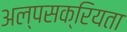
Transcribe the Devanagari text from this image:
अल्पसक्रियता